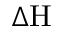
\Delta \mathrm { H }